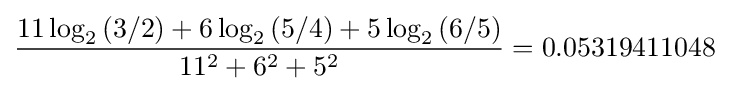
{\frac {11\log _{2}{(3/2)}+6\log _{2}{(5/4)}+5\log _{2}{(6/5)}}{11^{2}+6^{2}+5^{2}}}=0.05319411048